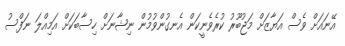
އޭނައަށް ވެސް އަޔާޒަށް މަޖުބޫރު ކުރެވެނީކަން އެނގުންވުމުން ނިޝާނަށް ހިސާބަކަށް އަމިއްލަ ނަފްސު